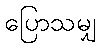
ပြောသမျှ